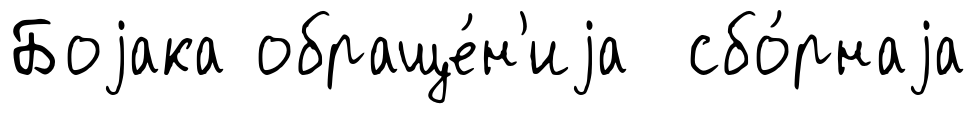
Боjака обраще́н'иjа сбо́рнаjа